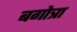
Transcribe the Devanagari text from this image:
बगोत्रा